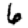
Digit: 6